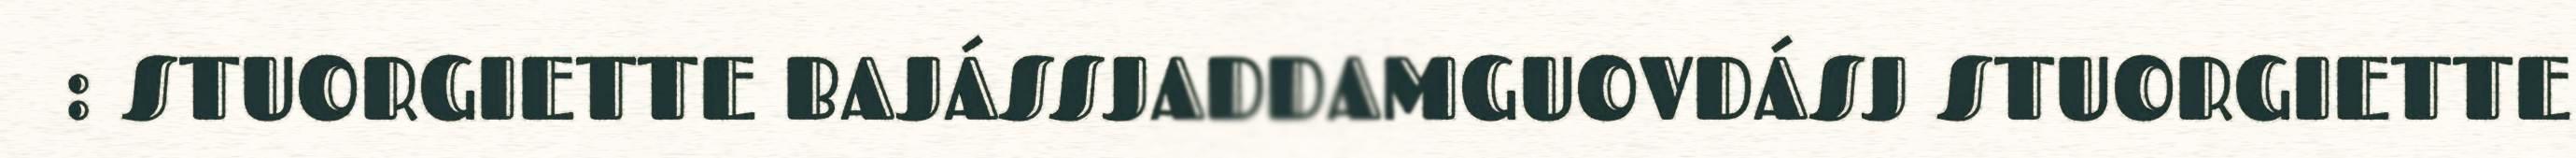
: STUORGIETTE BAJÁSSJADDAMGUOVDÁSJ STUORGIETTE